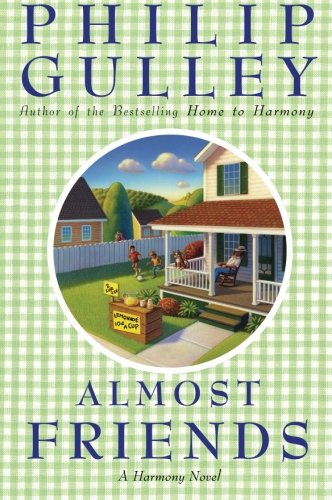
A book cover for Almost Friends: A Harmony Novel; Philip Gulley; Christian Books & Bibles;